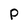
Character: P